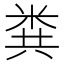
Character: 粪